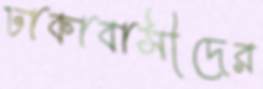
ঢাকাবাসীদের